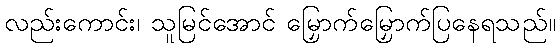
လည်းကောင်း၊ သူမြင်အောင် မြှောက်မြှောက်ပြနေရသည်။